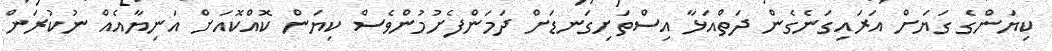
ކިޔަންގެ ގަޔަށް އަރައިގަނެގެން ދަތްއަޅާ އިސްތަށިގަނޑަށް ދަމަންފެށުމުންވެސް ކިޔަން ކޮއްކޮއަށް އަނިޔާއެއް ނުކުރަން